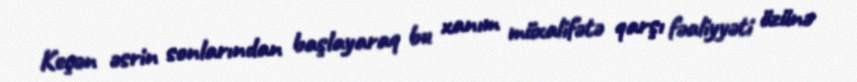
Keçən əsrin sonlarından başlayaraq bu xanım müxalifətə qarşı fəaliyyəti özünə